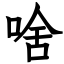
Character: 啥